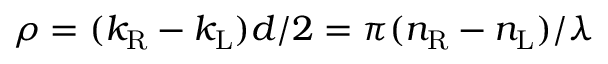
\rho = ( k _ { \mathrm { R } } - k _ { \mathrm { L } } ) d / 2 = \pi ( n _ { \mathrm { R } } - n _ { \mathrm { L } } ) / \lambda